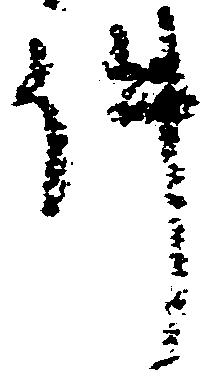
件